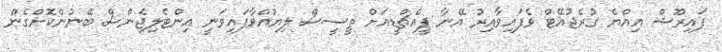
ފައިރޫޝް އިއްޔެ ގުރެޖުއޭޓް ވެފައިވާއިރު އޭނާ ޕީއެޗްޑީއަށް ތީސީސް ލިޔުއްވާފައިވަނީ އިންޓެލިޖެންސް ބޭނުންކޮށްގެން